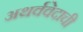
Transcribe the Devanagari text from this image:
अथर्ववेदाची